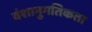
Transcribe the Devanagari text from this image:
वंशानुगतिकता